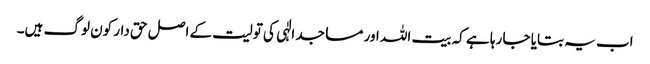
اب یہ بتایا جا رہا ہے کہ بیت اللہ اور مساجد الٰہی کی تولیت کے اصل حق دار کون لوگ ہیں۔